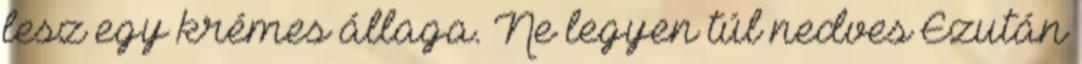
lesz egy krémes állaga. Ne legyen túl nedves Ezután